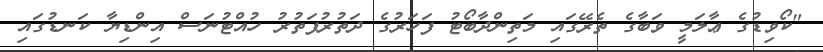
"ކޯވިޑުގެ ޢާލަމީ ވަބާގެ ތެރޭގައި މަތިންދާބޯޓު ފަހަރުގެ ދަތުރުފަތުރު ހުއްޓުނަސް އިންޑިޔާ ކަނޑުގައި